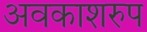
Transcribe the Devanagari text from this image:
अवकाशरुप